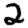
Digit: 2